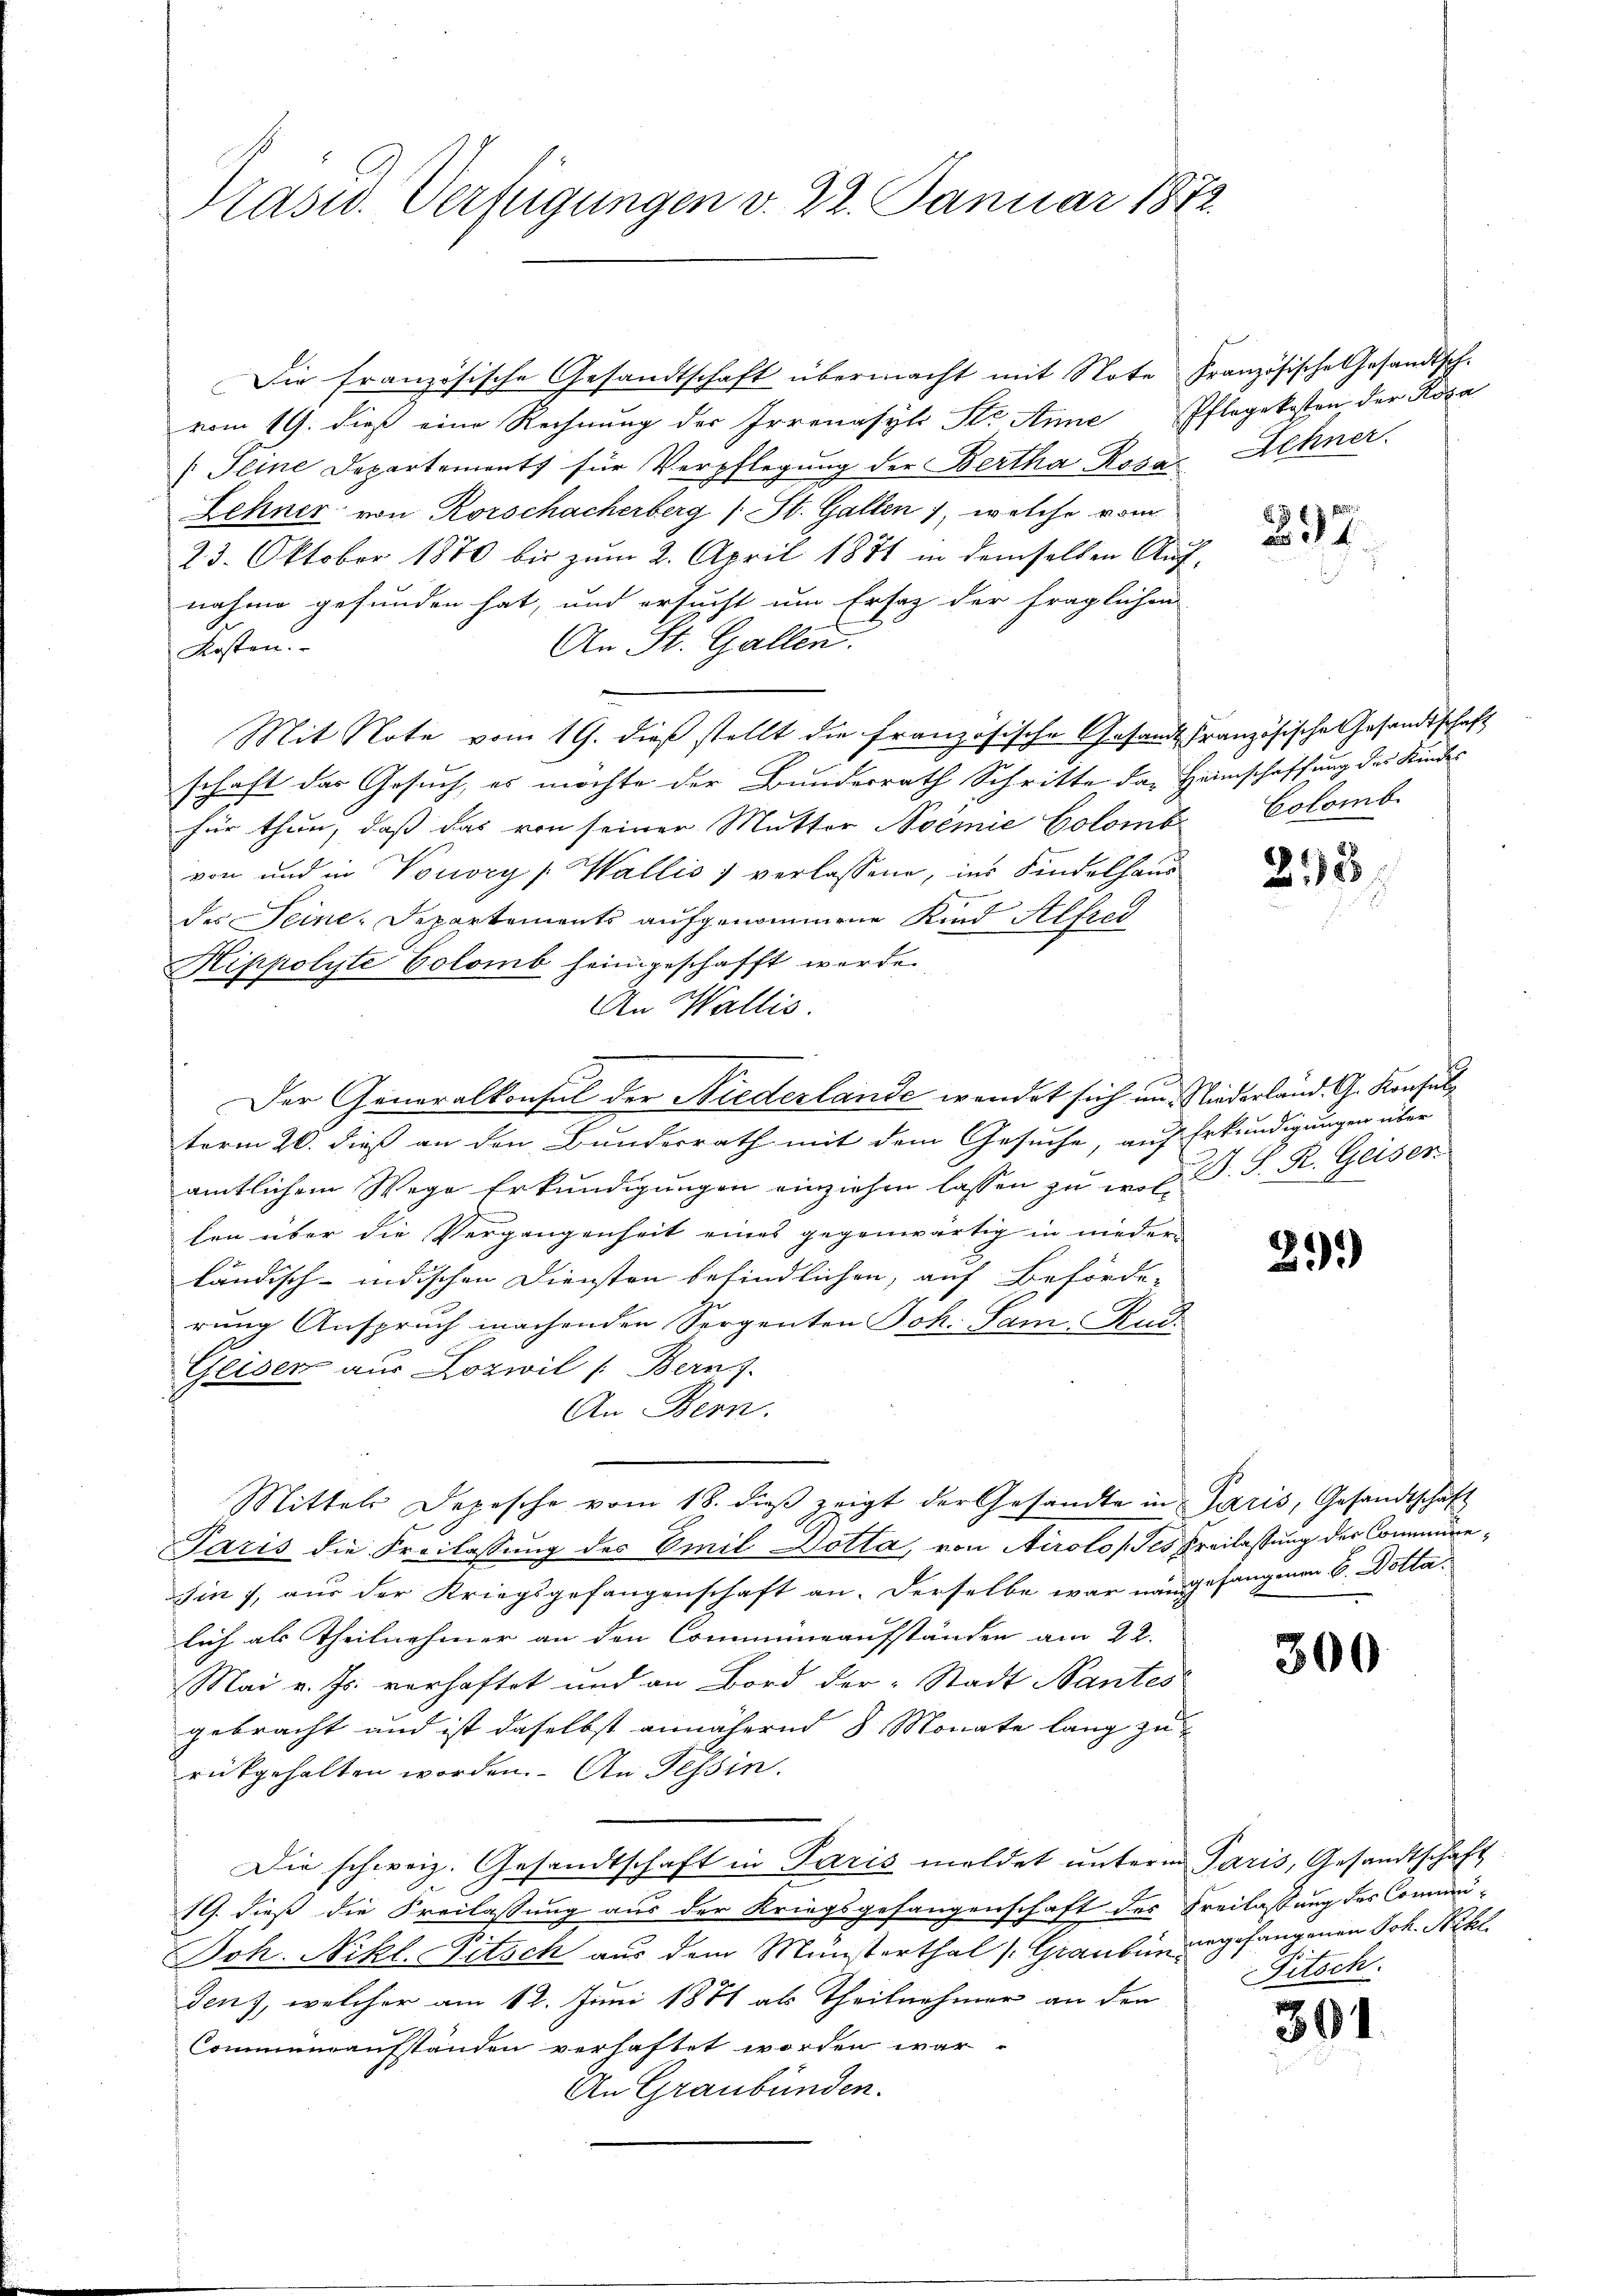
Pasid. Verfügungen v. 22. Januar 1872.

Die französische Gesandtschaft übermacht mit Note
vom 19. dieß eine Rechnung der Irrenasyls Str. Anne
(Seine Departemonts für Verpflegung der Bertha Rosa
Lehner von Rorschacherberg (St. Gallen, welche vom
23. Oktober 1870 bis zum 2. April 1871 in demselben Aug
nahme gefunden hat, und ersucht um Ersatz der fraglichen
An St. Gallen.
Kosten.
Mit Note vom 19. dieß stellt die französische Gesandt Französische Gesandtschaft
schaft das Gesuch, es möchte der Bundesrath Schritte das Heimschaffung des Kindes
für thun, daß das von seiner Mutter Noemie Colomb
von und in Vouvry Wallis, verlassene, ins Kindelhaus
des Seine Departements aufgenommene Kind Alfred
Kippolyte Colomb heimgeschafft werde.
An Wallis.
Der Generalkonsul der Niederlande wendet sich und Niederland. G. Konsul
term 26. dieß an den Bundesrath mit dem Gesuche, auf Erkundigungen über
amtlichem Wege Erkundigungen einziehen lassen zu wol. P. J. R. Geiser
len über die Vergangenheit eines gegenwärtig in nieder-
ländisch-indischen Diensten befindlichen, auf Beförde-
rung Anspruch machenden Sergenten Joh. Sam. Rud.
Geiser aus Lozwil (Bern.
An Bern.
Mittels Depesche vom 18. dieβ zeigt der Gesandte in Paris, Gesandtschaft
Paris die Freilassung des Emil Dotta, von Airolo des Freilastung der Communehin, aus der Kriegsgefangenschaft an. Derselbe war nangefangenen 6. Dottalich als Theilnehmer an den Communaufständen am 22.
Mai v. Js. verhaftet und an Bord der Stadt Nantes
gebracht und ist daselbst annähernd 8 Monate lang zu
rükgehalten worden. An Tessin.
Die schweiz. Gesandtschaft in Paris meldet unterm Paris, Gesandtschaft
19. dieß die Freilassung aus der Kriegsgefangenschaft des Freilassung des Commu-
Joh. Nikl. Pitsch aus dem Münsterthal (Grauben angefangenen Joh. Bekl
denz, welcher am 12. Juni 1871 als Theilnehmer an den
Communaufstanden verhaftet worden war.
An Graubünden.

Französische Gesandtsch.
Pflegekosten der Roza
Zehner.

x
 17

Colomb.

218

29.)

300

Pitsch

301